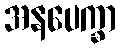
အနပေက္ခာ